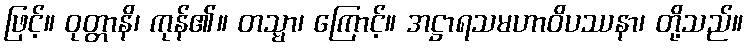
ဖြင့်။ ဝုတ္တာနိ၊ ကုန်၏။ တသ္မာ၊ ကြောင့်။ အဋ္ဌာရသမဟာဝိပဿနာ၊ တို့သည်။